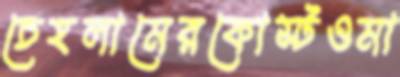
চেহলামেরকোস্টওমা